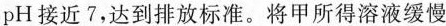
pH接近7，达到排放标准。将甲所得溶液缓慢